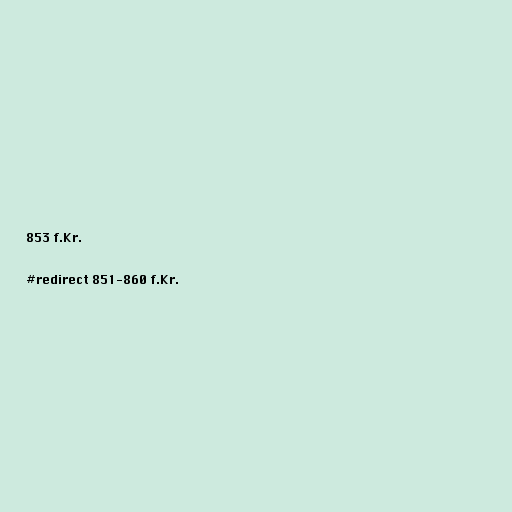
853 f.Kr.

#redirect 851-860 f.Kr.